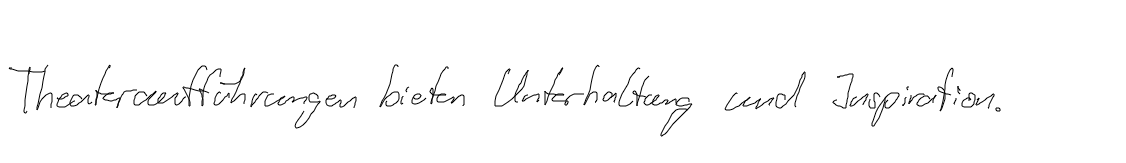
Theateraufführungen bieten Unterhaltung und Inspiration.